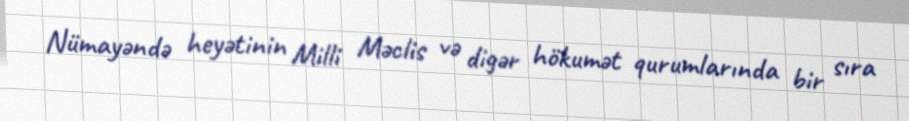
Nümayəndə heyətinin Milli Məclis və digər hökumət qurumlarında bir sıra